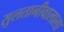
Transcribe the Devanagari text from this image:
सुलतानीवालाला